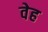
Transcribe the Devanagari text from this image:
वेह